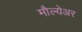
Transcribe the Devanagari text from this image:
मौल्येअर